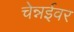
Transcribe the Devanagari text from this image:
चेन्नईवर